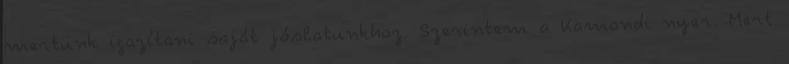
mertünk igazítani saját jóslatunkhoz. Szerintem a Kamondi nyer. Mert